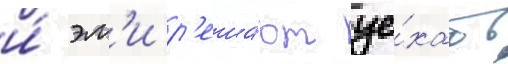
и́ эм'и р'еша́ют уе́хать